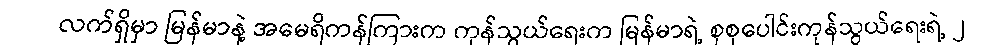
လက်ရှိမှာ မြန်မာနဲ့ အမေရိကန်ကြားက ကုန်သွယ်ရေးက မြန်မာရဲ့ စုစုပေါင်းကုန်သွယ်ရေးရဲ့ ၂